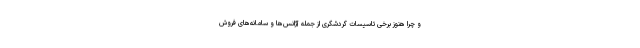
و چرا هنوز برخی تاسیسات گردشگری از جمله آژانس‌ها و سامانه‌های فروش